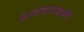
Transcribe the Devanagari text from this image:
शरदचंद्रजी